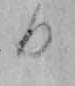
日